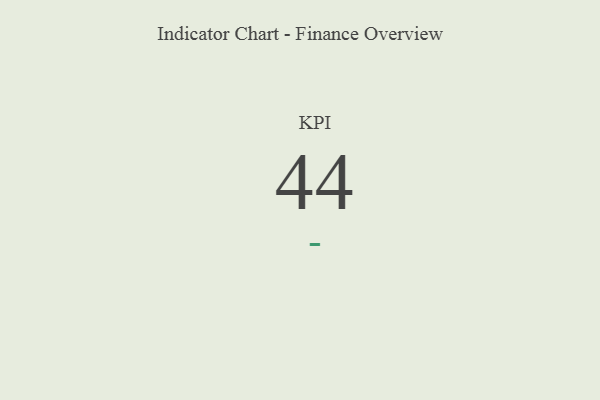
{"axis": {"x": "KPI", "y": "Value"}, "legend": [""], "data": [{"x": "KPI", "y": 44, "type": ""}]}